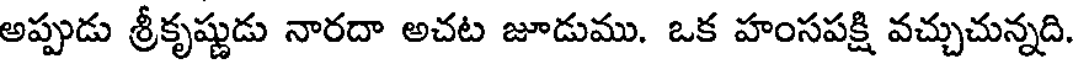
అప్పుడు శ్రీకృష్ణుడు నారదా అచట జూడుము. ఒక హంసపక్షి వచ్చుచున్నది.